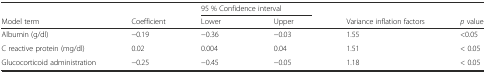
<table><thead><tr><td></td><td></td><td colspan="2"><b>95 % Confidence interval</b></td><td></td><td></td></tr><tr><td><b>Model term</b></td><td><b>Coefficient</b></td><td><b>Lower</b></td><td><b>Upper</b></td><td><b>Variance inflation factors</b></td><td><b><i>p</i> value</b></td></tr></thead><tbody><tr><td>Albumin (g/dl)</td><td>−0.19</td><td>−0.36</td><td>−0.03</td><td>1.55</td><td>&lt;0.05</td></tr><tr><td>C reactive protein (mg/dl)</td><td>0.02</td><td>0.004</td><td>0.04</td><td>1.51</td><td>&lt; 0.05</td></tr><tr><td>Glucocorticoid administration</td><td>−0.25</td><td>−0.45</td><td>−0.05</td><td>1.18</td><td>&lt; 0.05</td></tr></tbody></table>